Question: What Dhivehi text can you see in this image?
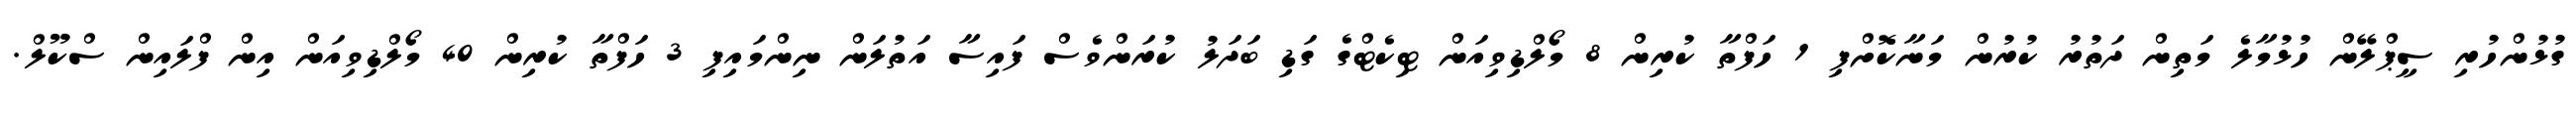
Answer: ގުޅުންހުރި ސީޕްލޭން ހުޅުމާލެ މަތިން ދަތުރު ކުރުން މަނާކޮށްފި 1 ހަފްތާ ކުރިން 8 މޯލްޑިވިއަން ޓިކެޓްގެ ގަޑި ބަދަލު ކުރަންވެސް ފައިސާ އަތުލަން ނިންމައިފި 3 ހަފްތާ ކުރިން 40 މޯލްޑިވިއަން އިން ފްލައިން ސްކޫލް.